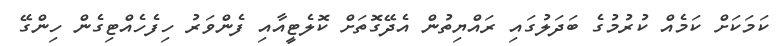
ކަމަކަށް ކަމެއް ކުރުމުގެ ބަދަލުގައި ރައްޔިތުން އެދޭގޮތަށް ކޮލެޓީއާއި ފެންވަރު ހިފެހެއްޓިގެން ހިންގޭ